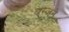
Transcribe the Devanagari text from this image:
बस्जने